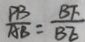
\frac { P B } { A B } = \frac { B F } { B E }